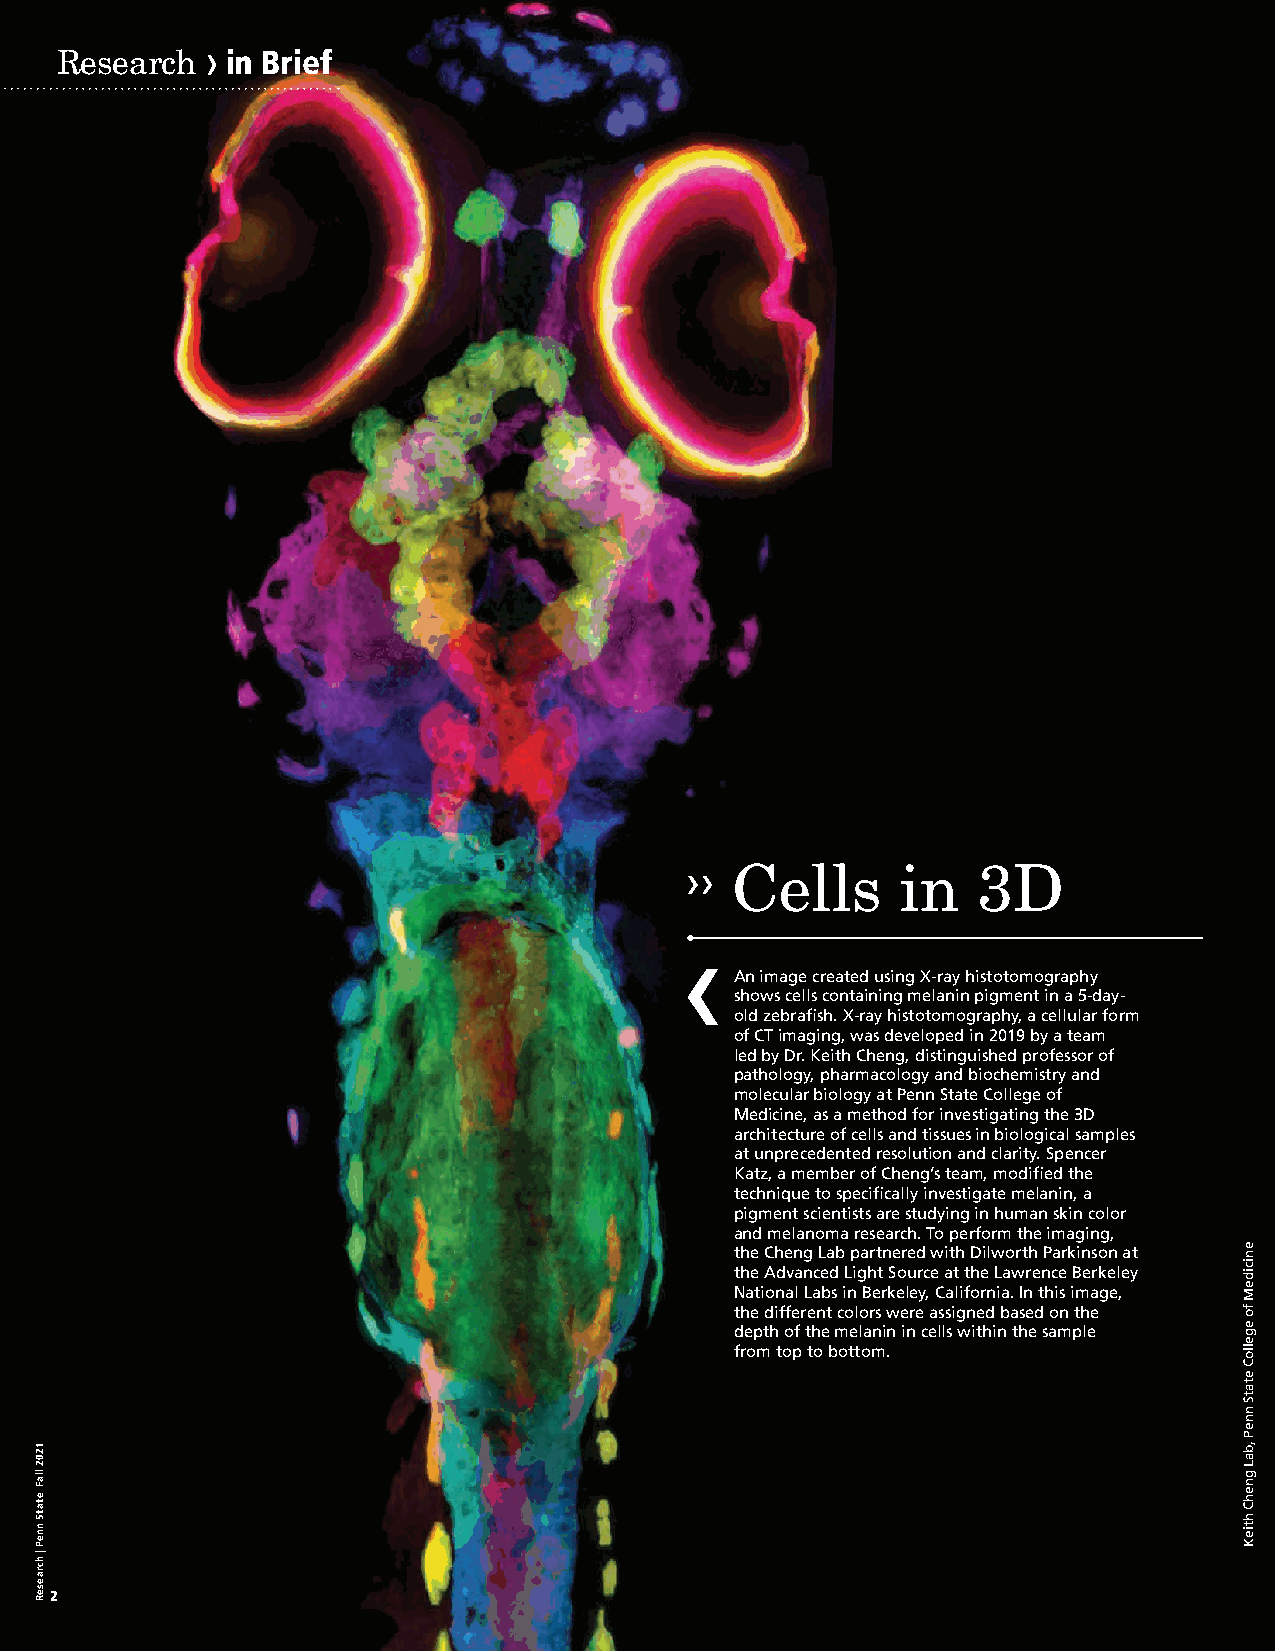
›
 Research   in Brief
 Cells       in   3D
 An image created using X-ray histotomography
 shows cells containing melanin pigment in a 5-day-
 old zebrafish. X-ray histotomography, a cellular form
 of CT imaging, was developed in 2019 by a team
 led by Dr. Keith Cheng, distinguished professor of
 pathology, pharmacology and biochemistry and
 molecular biology at Penn State College of
 Medicine, as a method for investigating the 3D
 architecture of cells and tissues in biological samples
 at unprecedented resolution and clarity. Spencer
 Katz, a member of Cheng’s team, modified the
 technique to specifically investigate melanin, a
 pigment scientists are studying in human skin color
 and melanoma research. To perform the imaging,
 the Cheng Lab partnered with Dilworth Parkinson at
 the Advanced Light Source at the Lawrence Berkeley
 National Labs in Berkeley, California. In this image,
 the different colors were assigned based on the
 depth of the melanin in cells within the sample
 from top to bottom.
 22
 11220022
 llllaaFF
 eettaattSS
 nnnneePP
 || hhccrraaeesseeRR
 enicideM
 fo
 egelloC
 etatS
 nneP
 ,baL
 gnehC
 htieK